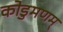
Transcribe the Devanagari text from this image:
कोडुमणम्